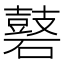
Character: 𪔑